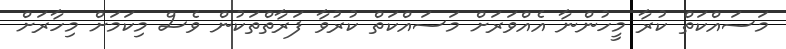
މަސައްކަތް ކުރާ މީހުންނާ އެއްވަރަށް މަސައްކަތް ކުރުވާ ފަރާތްތަކުން ވެސް މިކަމަށް މިހާރަށް